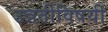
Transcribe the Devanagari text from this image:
उन्नतीविषयी